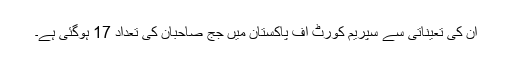
ان کی تعیناتی سے سپریم کورٹ آف پاکستان میں جج صاحبان کی تعداد 17 ہوگئی ہے۔